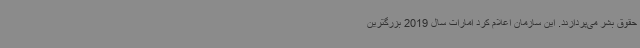
حقوق بشر می‌پردازند. این سازمان اعلام کرد امارات سال 2019 بزرگترین